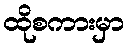
ထိုစကားမှာ